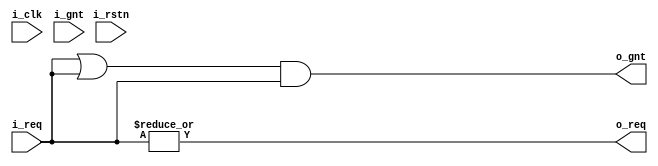
module arbiter_rr #(
  parameter       DW  = 4
)(
  input           i_clk,
  input           i_rstn,
  input           i_gnt,
  input [DW-1:0]  i_req,
  output          o_req,
  output[DW-1:0]  o_gnt
);

  reg [DW-1:0]    ringcnt;
  wire[2*DW-1:0]  double_req;
  wire[2*DW-1:0]  double_gnt;

  always @(posedge i_clk or negedge i_rstn) begin 
    if(!i_rstn)
      ringcnt   <=  {{(DW-1){1'b0}},1'b1};
    else if(i_gnt & o_req)
      ringcnt   <=  {ringcnt[DW-2:0],ringcnt[DW-1]};
  end

  assign  double_req  = {i_req, i_req};
  assign  double_gnt  = double_req & ~(double_req-ringcnt);
  assign  o_gnt       = (double_req[2*DW-1:DW] | double_req[DW-1:0]) & {DW{i_req}};
  assign  o_req       = | i_req;
endmodule